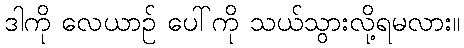
ဒါကို လေယာဉ် ပေါ်ကို သယ်သွားလို့ရမလား။